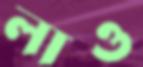
লাও